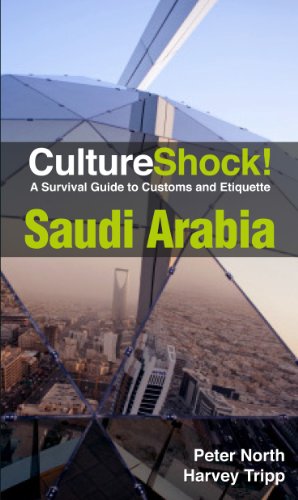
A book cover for CultureShock! Saudi Arabia: A Survival Guide to Customs and Etiquette (Cultureshock Saudi Arabia: A Survival Guide to Customs & Etiquette); Peter North; Travel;